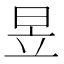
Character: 昱